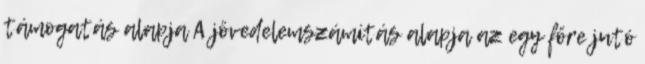
támogatás alapja A jövedelemszámítás alapja az egy főre jutó